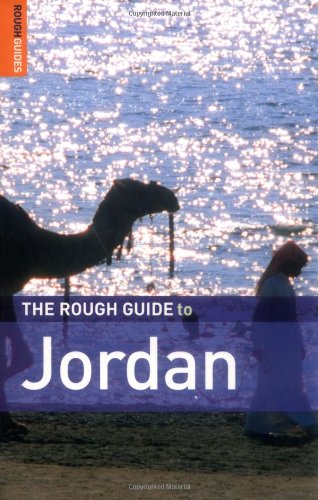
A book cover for The Rough Guide to Jordan - 3rd Edition (Rough Guide Travel Guides); Matthew Teller; Travel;